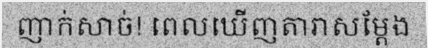
ញាក់សាច់! ពេលឃើញតារាសម្តែង